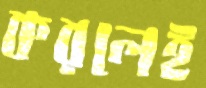
করলেই